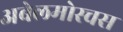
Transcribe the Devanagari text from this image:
अबेलमोस्चस